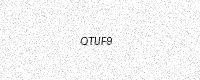
Text: QTUF9